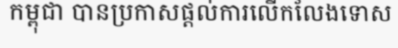
កម្ពុជា បានប្រកាសផ្តល់ការលើកលែងទោស